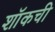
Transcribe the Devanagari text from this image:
शॉकची